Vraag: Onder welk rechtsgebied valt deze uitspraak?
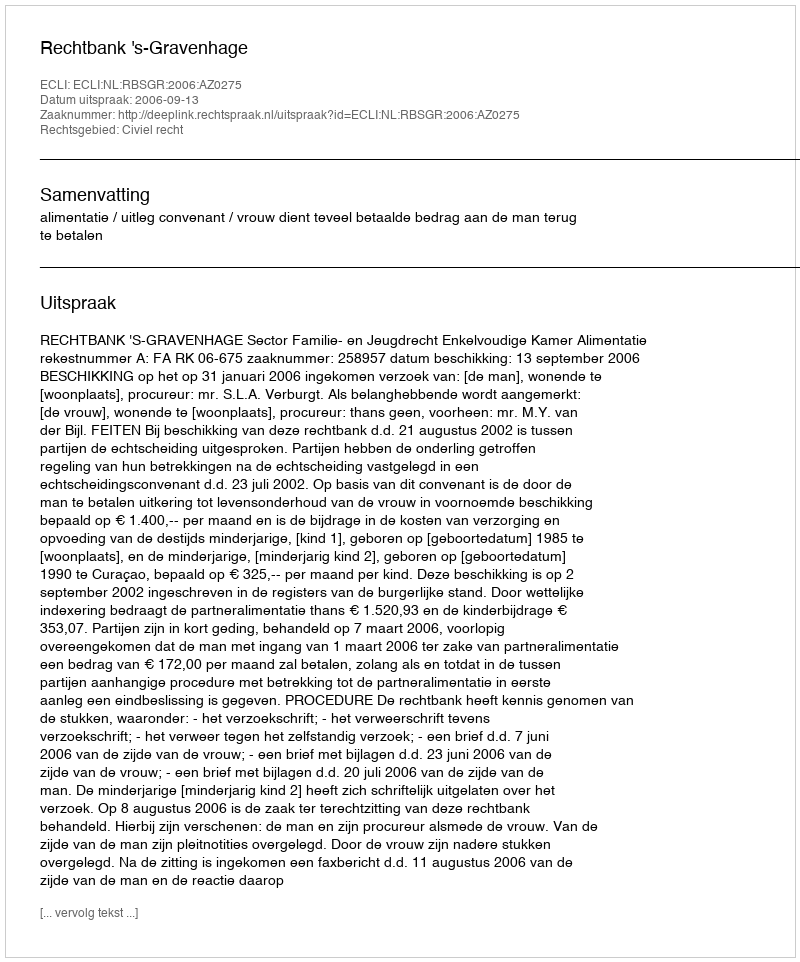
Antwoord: Civiel recht